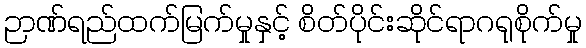
ဉာဏ်ရည်ထက်မြက်မှုနှင့် စိတ်ပိုင်းဆိုင်ရာဂရုစိုက်မှု